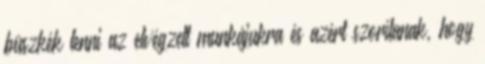
büszkék lenni az elvégzett munkájukra és azért szorítanak, hogy